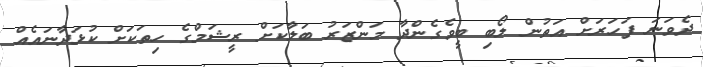
ދެވަނަ ފަހަރަށް އަތުން ލޯބި ބީވެގެންދާ މަންޒަރު ބަލާކަށް ރީޝަމްގެ ހިތަކަށް ކުޅަދާނައެއް